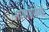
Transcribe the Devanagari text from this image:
भाषाप्रयेगों